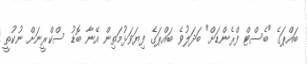
ބައްޕަގެ "ބެސްޓް ފްރެންޑަށް" ބަދަލުވެ ބައްޕަގެ ފިޔަވަޅުމަތިން އޭނާ ބޮޑު ސްކްރީނަށް ނުކުތީ